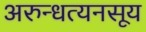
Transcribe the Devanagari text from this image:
अरुन्धत्यनसूय